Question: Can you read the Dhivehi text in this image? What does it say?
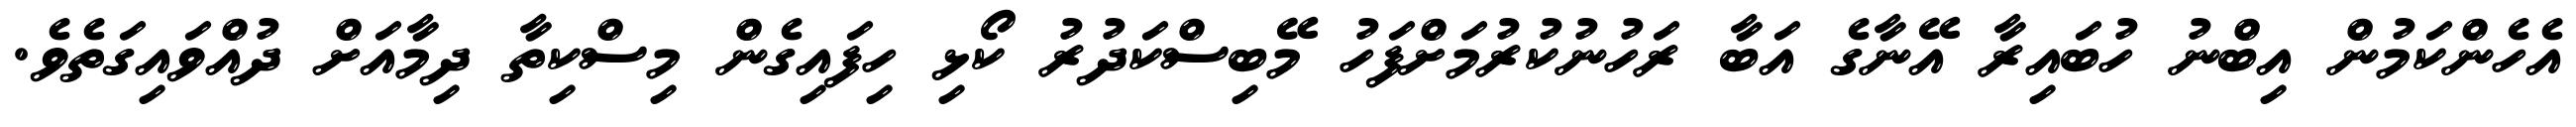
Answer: އެހެންކަމުން އިބްނު ހުބައިރާ އޭނާގެ އަބާ ރަހުނުކުރުމަށްފަހު މޭބިސްކަދުރު ކޯޅި ހިފައިގެން މިސްކިތާ ދިމާއަށް ދުއްވައިގަތެވެ.